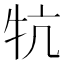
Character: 牨